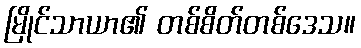
မြိုင်သာယာ၏ တစ်စိတ်တစ်ဒေသ။